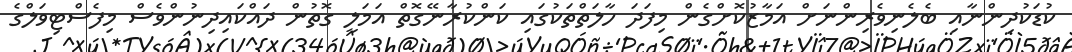
ކުޑަކުދިންނާއި ބެލެނިވެރިންނަށް އަމާޒުކޮށްގެން މިފަދަ ހާލަތްތަކުގައި ކަންކުރާނޭގޮތް އަމަލީ ގޮތުން ދައްކައިދިނުންވެސް މިފެސްޓިވަލްގެ